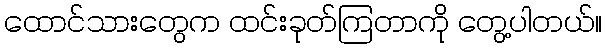
ထောင်သားတွေက ထင်းခုတ်ကြတာကို တွေ့ပါတယ်။